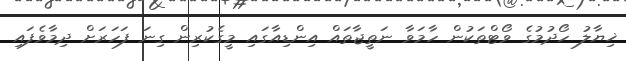
ޚިޔާލު ހޯދުމުގެ ވޯޓްތަކުން ހާމަވާ ނަތީޖާތައް އިންޑިއާގައި މީގެކުރިން ގިނަ ފަހަރަށް ދިމާވެފައި